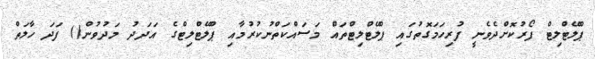
ޕްލޭޓްލިޓް ފޯރުކޮށްދެވެނީ ފުރިހަމަގޮތުގައި ޕްލޭޓްލިޓްތައް މަސައްކަތްނުކުރުމާއި ޕްލޭޓްލިޓްގެ އަދަދު މަދުވުން() ފަދަ ހާލަތް